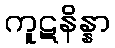
ကူဋနိန္နာ